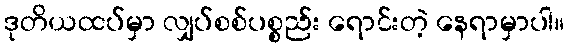
ဒုတိယထပ်မှာ လျှပ်စစ်ပစ္စည်း ရောင်းတဲ့ နေရာမှာပါ။